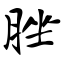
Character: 脞